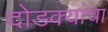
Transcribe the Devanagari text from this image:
दोडक्यांचा